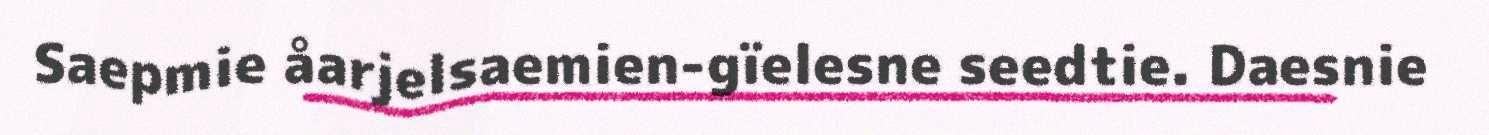
Saepmie åarjelsaemien-gïelesne seedtie. Daesnie